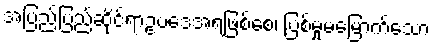
အပြည်ပြည်ဆိုင်ရာဥပဒေအရဖြစ်စေ၊ ပြစ်မှုမမြောက်သော